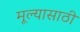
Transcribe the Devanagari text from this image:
मूल्यासाठी